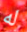
له